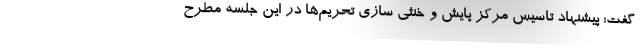
گفت: پیشنهاد تاسیس مرکز پایش و خنثی سازی تحریم‌ها در این جلسه مطرح